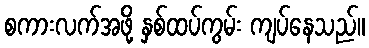
စကားလက်အဖို့ နှစ်ထပ်ကွမ်း ကျပ်နေသည်။